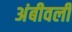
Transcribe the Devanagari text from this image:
अंबीवली